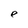
Character: e